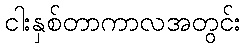
ငါးနှစ်တာကာလအတွင်း